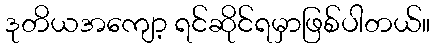
ဒုတိယအကျော့ ရင်ဆိုင်ရမှာဖြစ်ပါတယ်။